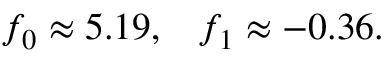
f _ { 0 } \approx 5 . 1 9 , \; \; \; f _ { 1 } \approx - 0 . 3 6 .